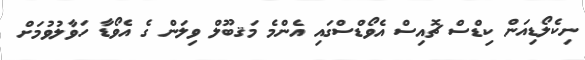
ނިކެލޯޑިއަން ކިޑްސް ޗޮއިސް އެވޯޑްސްގައި އެންމެ މަޤބޫލް ވިލަން ގެ އެވޯޑާ ހަވާލުވުމަށް